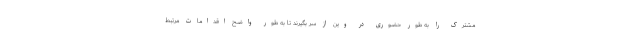
مشترک را به طور حضوری در وین از سر بگیرند تا به طور واضح اقدامات مرتبط